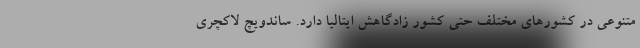
متنوعی در کشور‌های مختلف حتی کشور زادگاهش ایتالیا دارد. ساندویچ لاکچری